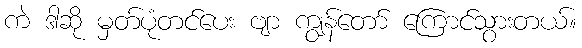
ကဲ ဒါဆို မှတ်ပုံတင်ပေး ဗျာ ကျွန်တော် ကြောင်သွားတယ်။